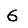
Digit: 6